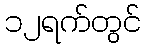
၁၂ရက်တွင်